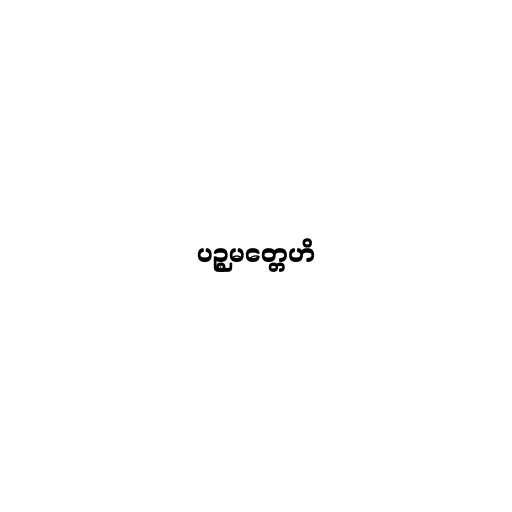
ပဉ္စမတ္တေဟိ